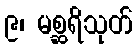
၉၊ မစ္ဆရိသုတ်